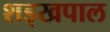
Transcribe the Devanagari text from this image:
शड्खपाल